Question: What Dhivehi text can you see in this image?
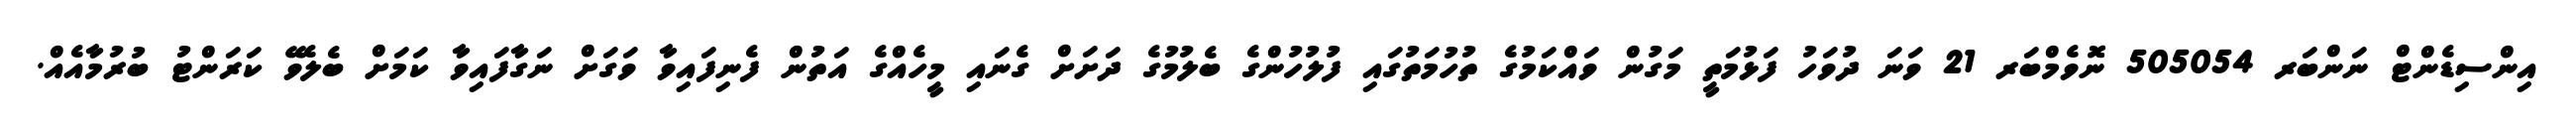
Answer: އިންސިޑެންޓް ނަންބަރ 505054 ނޮވެމްބަރ 21 ވަނަ ދުވަހު ފަޅުމަތީ މަގުން ވައްކަމުގެ ތުހުމަތުގައި ފުލުހުންގެ ބެލުމުގެ ދަށަށް ގެނައި މީހެއްގެ އަތުން ފެނިފައިވާ ވަގަށް ނަގާފައިވާ ކަމަށް ބެލެވޭ ކަރަންޓު ބުރުމާއެއް.